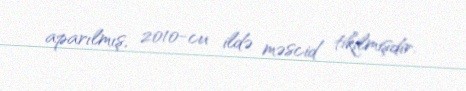
aparılmış, 2010-cu ildə məscid tikilmişdir.